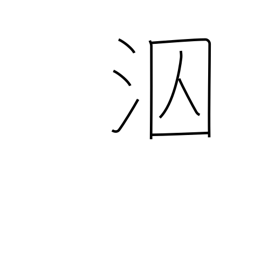
Meaning: swim